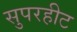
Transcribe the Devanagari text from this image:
सुपरहीट